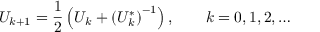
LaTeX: U _ { k + 1 } = { \frac { 1 } { 2 } } \left( U _ { k } + \left( U _ { k } ^ { * } \right) ^ { - 1 } \right) , \qquad k = 0 , 1 , 2 , \ldots